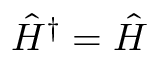
{ \hat { H } } ^ { \dagger } = { \hat { H } }